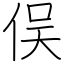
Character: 俣